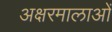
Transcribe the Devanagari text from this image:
अक्षरमालाओं